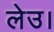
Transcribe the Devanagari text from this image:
लेउ।